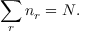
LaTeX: \sum _ { r } n _ { r } = N .